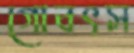
গোবৎস